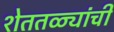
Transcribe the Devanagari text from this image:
शेततळ्यांची